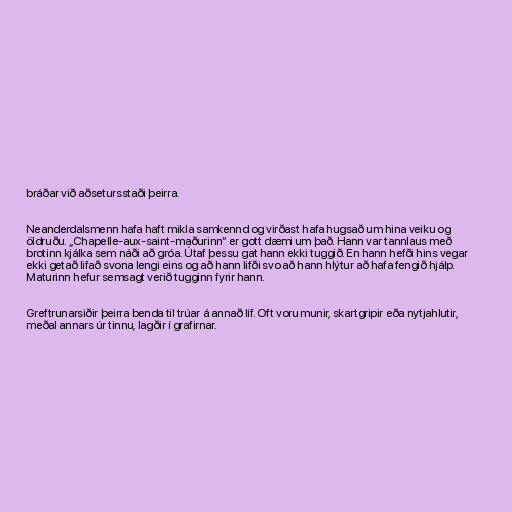
bráðar við aðsetursstaði þeirra.

Neanderdalsmenn hafa haft mikla samkennd og virðast hafa hugsað um hina veiku og
öldruðu. „Chapelle-aux-saint-maðurinn“ er gott dæmi um það. Hann var tannlaus með
brotinn kjálka sem náði að gróa. Útaf þessu gat hann ekki tuggið. En hann hefði hins vegar
ekki getað lifað svona lengi eins og að hann lifði svo að hann hlýtur að hafa fengið hjálp.
Maturinn hefur semsagt verið tugginn fyrir hann.

Greftrunarsiðir þeirra benda til trúar á annað líf. Oft voru munir, skartgripir eða nytjahlutir,
meðal annars úr tinnu, lagðir í grafirnar.